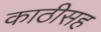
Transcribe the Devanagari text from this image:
काठीसह